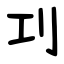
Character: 㓚